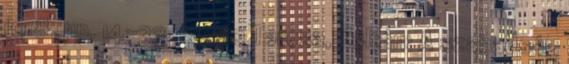
10 8. pp. 14-33. 2000 Tarcsa, Zoltán: A szabadság